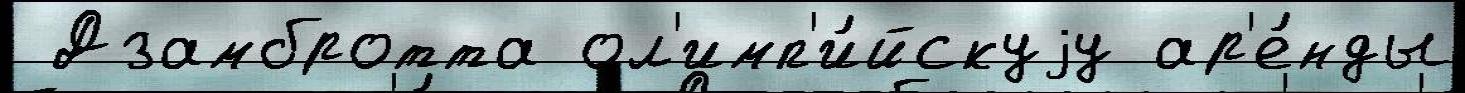
 Дзамбротта ол'имп'и́йскуjу ар'е́нды